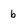
Character: b